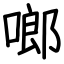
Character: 啷